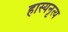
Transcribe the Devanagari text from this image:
हास्यनृत्य